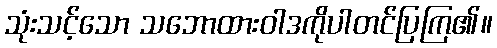
သုံးသင့်သော သဘောထားဝါဒကိုပါတင်ပြကြ၏။